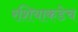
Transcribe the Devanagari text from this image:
रशियाकडेच